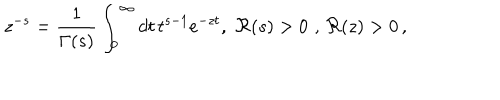
z ^ { - s } = \frac { 1 } { \Gamma ( s ) } \int _ { 0 } ^ { \infty } d t \, t ^ { s - 1 } e ^ { - z t } , \, \, \Re ( s ) > 0 \, \, , \, \Re ( z ) > 0 \, ,